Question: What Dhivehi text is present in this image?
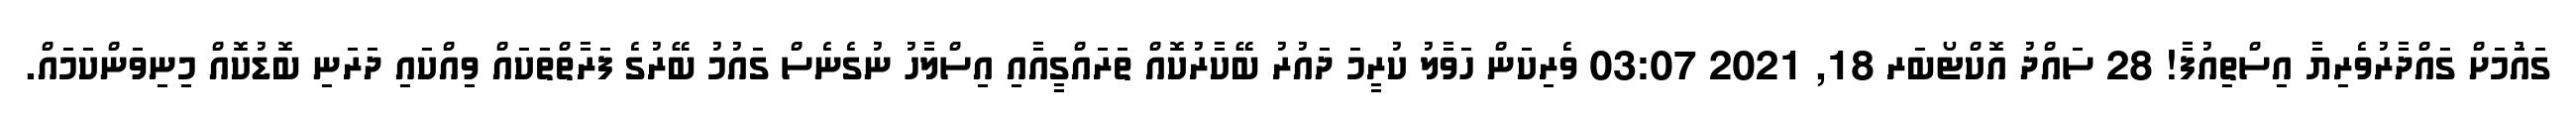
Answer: ގައުަމަށް ގައްދާރުވެރިޔާ އިސްތިއުފާ! 28 ސައްދު އޮކްޓޯބަރ 18, 2021 03:07 ވެރިކަން ހަވާލު ކުރީމަ ދައުރު ބޭކާރުކޮއް ތަރައްގީއާއި އިސްލާހު ނުގެނެސް ގައުމު ބޭރުގެ ފަރާތްތަަކައް ވިއްކައި ދަރަނި ބޮޑުކޮއް މިނިވަންކަމައް.